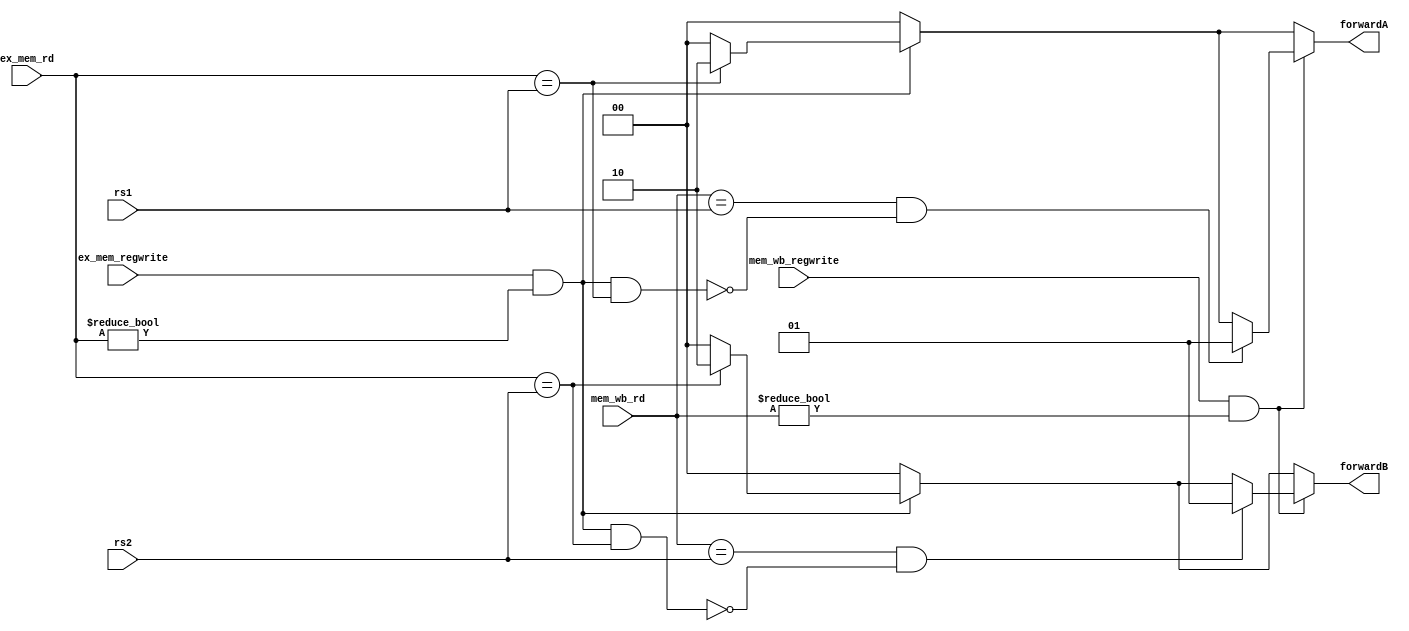
`timescale 1ns / 1ps

// Forwarding condition for MEM/WB hazard RAW TYPE:
// 1. There is a write (regwrite) in MEM/WB stage.
// 2. The destination register in MEM/WB matches rs1 or rs2.
// 3. EX/MEM stage doesn't already forward this register.

module forwarding #(parameter SIZE_REG = 5) (
    // Source register
    input [SIZE_REG-1:0] rs1,           // Source register 1
    input [SIZE_REG-1:0] rs2,           // Source register 2
    /// Destination register
    input [SIZE_REG-1:0] ex_mem_rd,     // EX/MEM pipeline stage
    input [SIZE_REG-1:0] mem_wb_rd,     // MEM/WB pipeline stage
    /// Write register
    input ex_mem_regwrite,              // EX/MEM stage
    input mem_wb_regwrite,              // MEM/WB stage
    /// Fowrwarding control 
    output reg [1:0] forwardA,          // forwarding rs1
    output reg [1:0] forwardB           // forwarding rs2
);

    always @(*) begin
        // Default no hazard values
        forwardA = 2'b00;
        forwardB = 2'b00;

        // Check for EX hazard for rs1 and rs2
        if (ex_mem_regwrite && (ex_mem_rd != 5'b0)) begin
            if (ex_mem_rd == rs1) forwardA = 2'b10; // EX/MEM hazard for rs1
            if (ex_mem_rd == rs2) forwardB = 2'b10; // EX/MEM hazard for rs2
        end

        // Check for MEM hazard for rs1 and rs2
        if (mem_wb_regwrite && (mem_wb_rd != 5'b0)) begin
            if ((mem_wb_rd == rs1) && !(ex_mem_regwrite && (ex_mem_rd != 5'b0) && (ex_mem_rd == rs1)))
                forwardA = 2'b01; // MEM/WB hazard for rs1
            if ((mem_wb_rd == rs2) && !(ex_mem_regwrite && (ex_mem_rd != 5'b0) && (ex_mem_rd == rs2)))
                forwardB = 2'b01; // MEM/WB hazard for rs2
        end
    end

endmodule